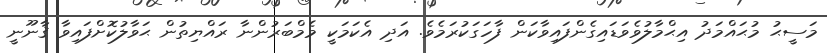
މަސީޙު މުޙައްމަދު އިޙްމާލުވެވަޑައިގެންފައިވާކަން ފާހަގަކުރަމެވެ. އަދި އެކަމަކީ މެމްބަރުންނާ ރައްޔިތުން ޙަވާލުކޮށްފައިވާ ޤާނޫނީ